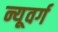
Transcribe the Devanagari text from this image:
न्यूवर्ग